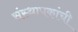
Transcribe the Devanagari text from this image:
संस्थापकांची